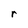
Character: r